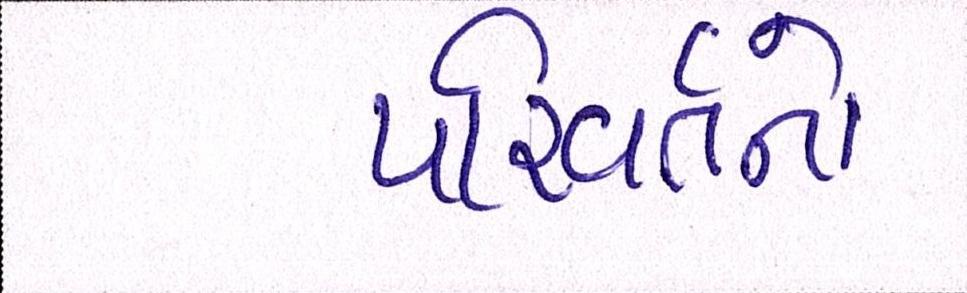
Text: પરિવર્તનો